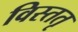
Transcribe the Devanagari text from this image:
विस्ततृ